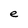
Character: e